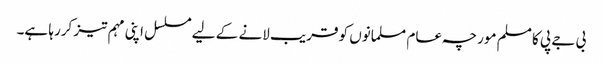
بی جے پی کا مسلم مورچہ عام مسلمانوں کو قریب لانے کے لیے مسلسل اپنی مہم تیز کررہا ہے۔